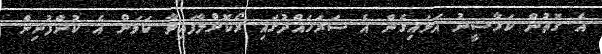
އެ ގޮތުން ކަރާސީނު އަޅައިގެން އެ ސަރަހައްދުގައި ރޯކޮށްލާފައިވާ ކަމަށް އެ ކުންފުނިން